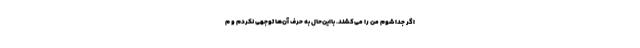
اگر جدا شوم من را می‌کشند. بااین‌حال به حرف آن‌ها توجهی نکردم و م